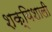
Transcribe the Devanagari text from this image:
शक्यिशाली